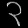
Digit: ၃